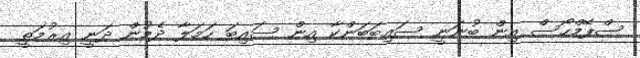
ސްޕޭމްހޯސް އިން ބުނަނީ ސައިބަބަންކާ އިން ސައިބަ ހަމަލާ ދެމުން ދަނީ އިރުމަތީ